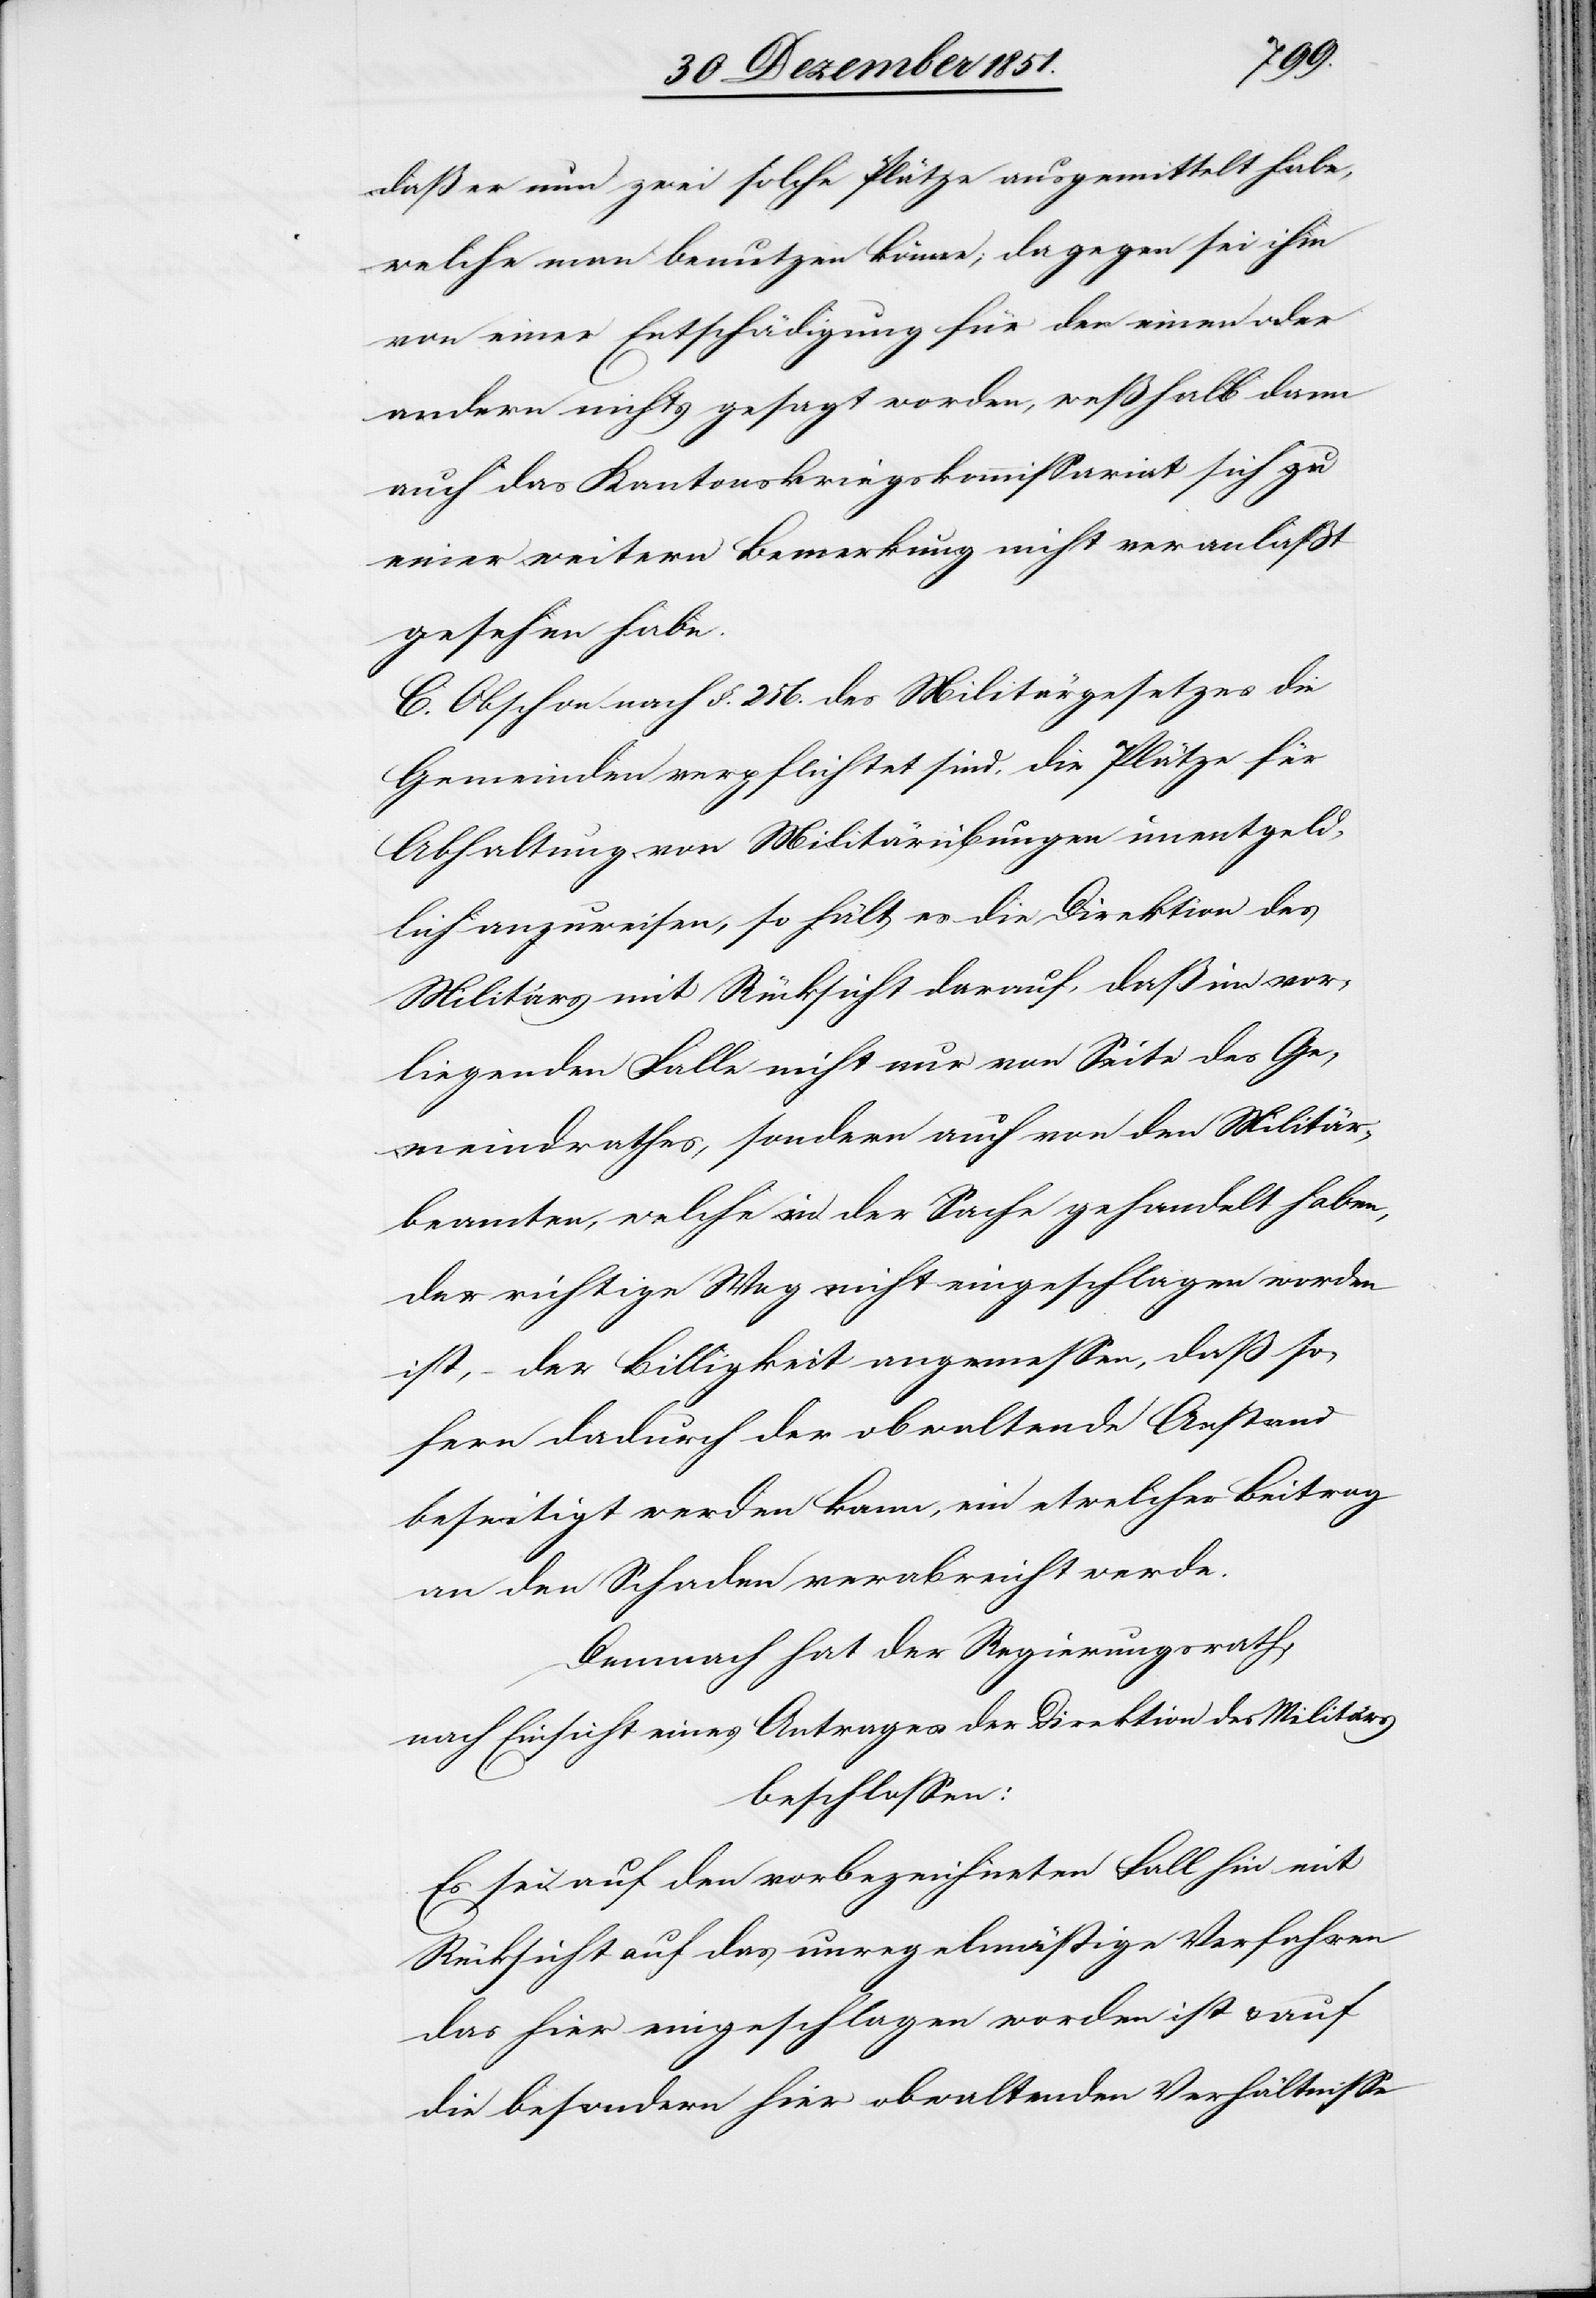
daß er nun zwei solche Plätze ausgemittelt habe,
welche man benutzen könne; dagegen sei ihm
von einer Entschädigung für den einen oder
andern nichts gesagt worden, weßhalb dann
auch das Kantonskriegskommissariat sich zu
einer weitern Bemerkung nicht veranlaßt
gesehen habe.
C. Obschon nach §. 256. des Militärgesetzes die
Gemeinden verpflichtet sind, die Plätze für
Abhaltung von Militärübungen unentgeld¬
lich anzuweisen, so hält es die Direktion des
Militärs mit Rücksicht darauf, daß im vor¬
liegenden Falle nicht nur von Seite des Ge¬
meindrathes, sondern auch von den Militär¬
beamten, welche in der Sache gehandelt haben,
der richtige Weg nicht eingeschlagen worden
ist, – der Billigkeit angemessen, daß so¬
fern dadurch der obwaltende Anstand
beseitigt werden kann, ein etwelcher Beitrag
an den Schaden verabreicht werde.
Demnach hat der Regierungsrath,
nach Einsicht eines Antrages der Direktion des Militärs
beschlossen:
Es sei auf den vorbezeichneten Fall hin mit
Rücksicht auf das unregelmäßige Verfahren
das hier eingeschlagen worden ist & auf
die besondern hier obwaltenden Verhältnisse